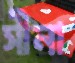
সীনা